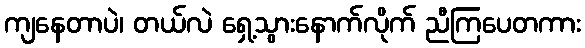
ကျနေတာပဲ၊ တယ်လဲ ရှေ့သွားနောက်လိုက် ညီကြပေတကား